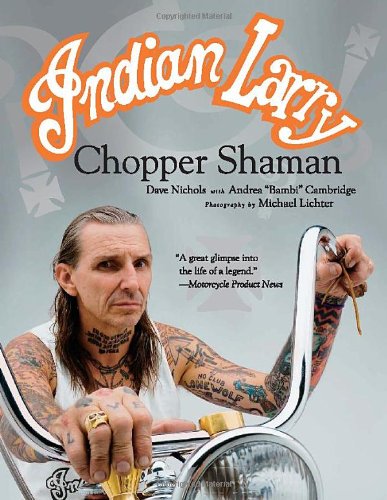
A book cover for Indian Larry: Chopper Shaman; Dave Nichols; Arts & Photography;